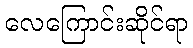
လေကြောင်းဆိုင်ရာ